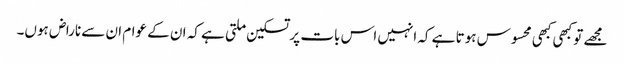
مجھے تو کبھی کبھی محسوس ہوتا ہے کہ انہیں اس بات پر تسکین ملتی ہے کہ ان کے عوام ان سے ناراض ہوں۔